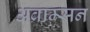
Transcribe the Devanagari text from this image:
अब्राम्सन